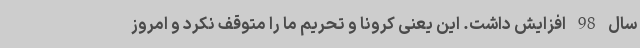
سال 98 افزایش داشت. این یعنی کرونا و تحریم ما را متوقف نکرد و امروز